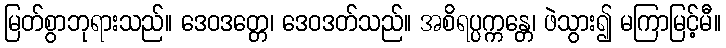
မြတ်စွာဘုရားသည်။ ဒေဝဒတ္တေ၊ ဒေဝဒတ်သည်။ အစိရပ္ပက္ကန္တေ၊ ဖဲသွား၍ မကြာမြင့်မီ။